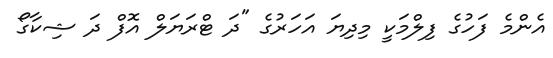
އެންމެ ފަހުގެ ފިލްމަކީ މިދިޔަ އަހަރުގެ "ދަ ޓްރަޔަލް އޮފް ދަ ޝިކާގޯ